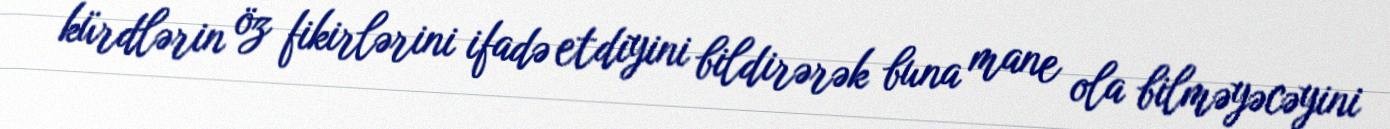
kürdlərin öz fikirlərini ifadə etdiyini bildirərək buna mane ola bilməyəcəyini